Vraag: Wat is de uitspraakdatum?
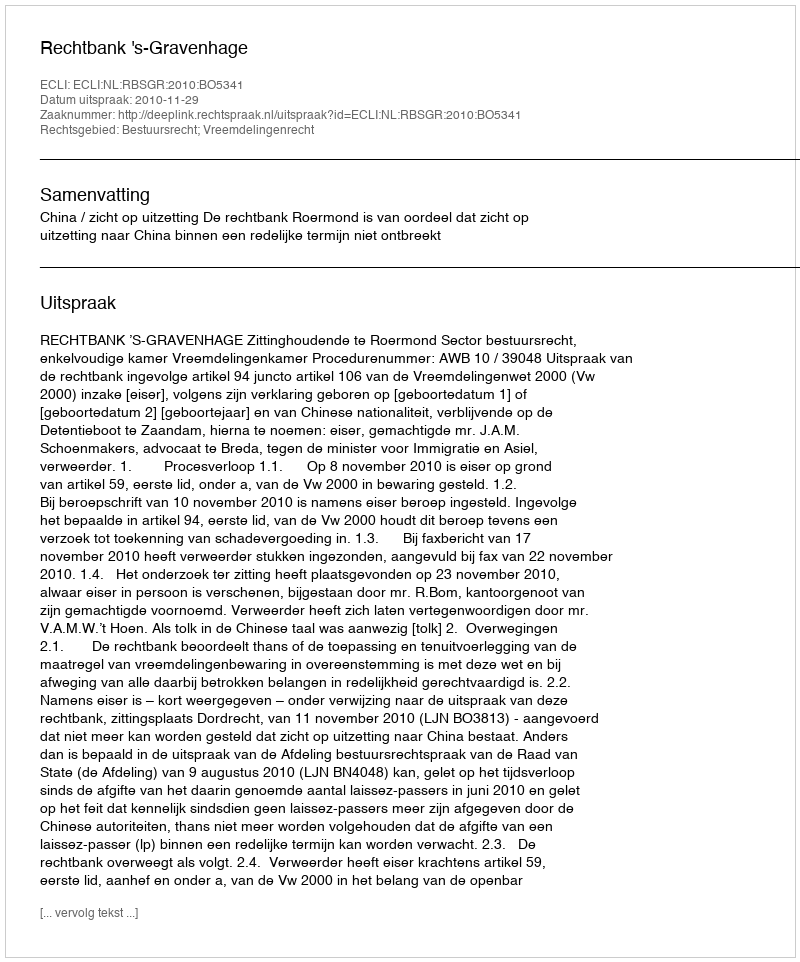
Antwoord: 2010-11-29